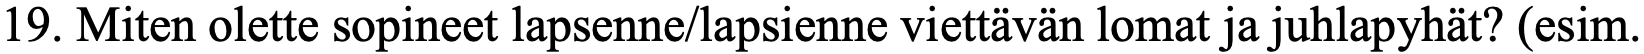
19. Miten olette sopineet lapsenne/lapsienne viettävän lomat ja juhlapyhät? (esim.